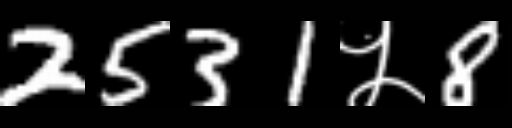
Text: 2531५8